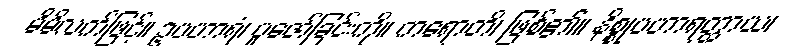
မိမိလက်ဖြင့်။ ဥပဟာရံ၊ ပူဇော်ခြင်းကို။ ကရောတိ၊ ဖြစ်၏။ နိစ္စုပဟာရတ္ထာယ၊